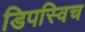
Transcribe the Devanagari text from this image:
डिपस्विच